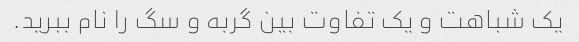
یک شباهت و یک تفاوت بین گربه و سگ را نام ببرید.